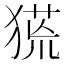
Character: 𤠛